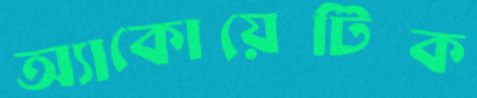
অ্যাকোয়েটিক